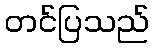
တင်ပြသည်